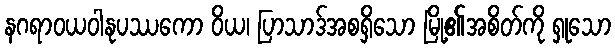
နဂရာဝယဝါနုပဿကော ဝိယ၊ ပြာသာဒ်အစရှိသော မြို့၏အစိတ်ကို ရှုသော